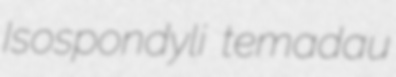
Isospondyli temadau